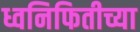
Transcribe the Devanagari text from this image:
ध्वनिफितीच्या